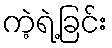
ကဲ့ရဲ့ခြင်း